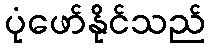
ပုံဖော်နိုင်သည်